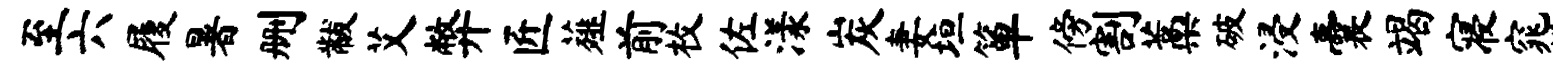
至六履暑删黻艾弊匠薤前枚佐漾炭妻垣箪傍割藁破浸囊竭寝窕姓